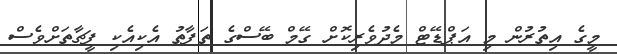
މީގެ އިތުރުން މި އަޕްޑޭޓް މެދުވެރިކޮށް ގޭމް ބޭސްގެ ތަފާތު އެކިއެކި ފީޗާތަށްވެސް